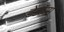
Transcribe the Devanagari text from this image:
टेंडॉन्स